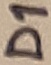
Text: D1